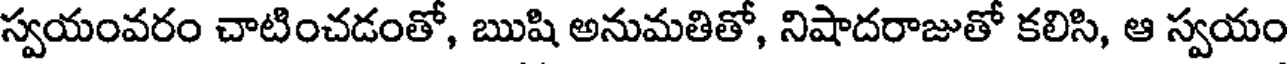
స్వయంవరం చాటించడంతో, ఋషి అనుమతితో, నిషాదరాజుతో కలిసి, ఆ స్వయం